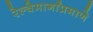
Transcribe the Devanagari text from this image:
रेल्वेमार्गांप्रमाणे